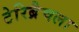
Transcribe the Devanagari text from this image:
टेरिब्रैचला